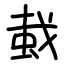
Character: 蛓